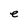
Character: e